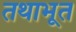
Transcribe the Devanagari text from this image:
तथाभूत